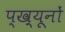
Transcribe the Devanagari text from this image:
प्ख़्यूनों